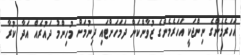
އަހަރެމެންގެ ނިންޖަކީ އަހަރެމެންގެ ޒުވާންކަން ދަމަހަށްޓައި ދިނުމަށް މުހިންމު ދައުރެއް އަދާ ކުރާ